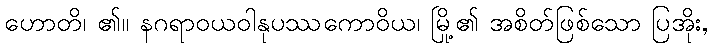
ဟောတိ၊ ၏။ နဂရာဝယဝါနုပဿကောဝိယ၊ မြို့၏ အစိတ်ဖြစ်သော ပြအိုး,